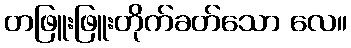
တဖြူးဖြူးတိုက်ခတ်သော လေ။